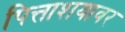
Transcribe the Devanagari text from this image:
पित्ताशयावर